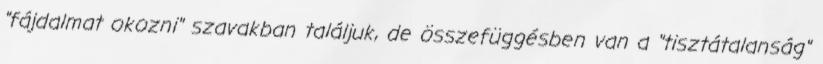
"fájdalmat okozni" szavakban találjuk, de összefüggésben van a "tisztátalanság"